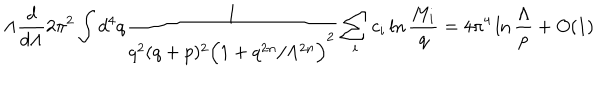
LaTeX: \Lambda \frac { d } { d \Lambda } 2 \pi ^ { 2 } \int d ^ { 4 } q \frac { 1 } { q ^ { 2 } ( q + p ) ^ { 2 } \Big ( 1 + q ^ { 2 n } / \Lambda ^ { 2 n } \Big ) ^ { 2 } } \sum _ { i } c _ { i } \ln \frac { M _ { i } } { q } = 4 \pi ^ { 4 } \ln \frac { \Lambda } { p } + O ( 1 )